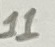
Text: 11